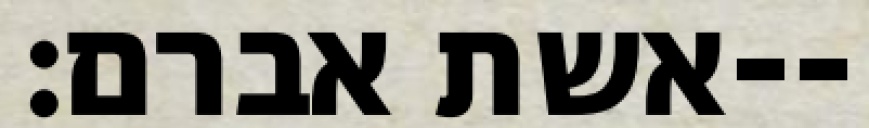
אשת אברם׃--